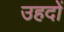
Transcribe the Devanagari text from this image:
उहदों